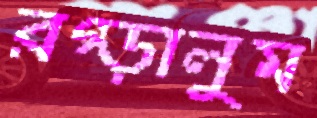
রগ্‌ড়ালুম